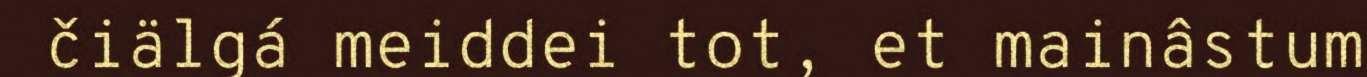
čiälgá meiddei tot, et mainâstum